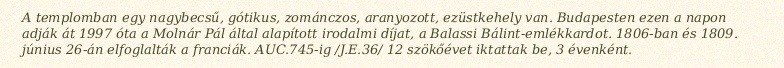
A templomban egy nagybecsű, gótikus, zománczos, aranyozott, ezüstkehely van. Budapesten ezen a napon adják át 1997 óta a Molnár Pál által alapított irodalmi díjat, a Balassi Bálint-emlékkardot. 1806-ban és 1809. június 26-án elfoglalták a franciák. AUC.745-ig /J.E.36/ 12 szökőévet iktattak be, 3 évenként.